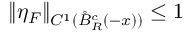
\| \eta _ { F } \| _ { C ^ { 1 } ( \mathring { B } _ { R } ^ { c } ( - x ) ) } \le 1